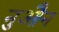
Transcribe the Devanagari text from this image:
नुऔन